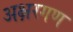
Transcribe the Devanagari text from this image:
अक्षरगण